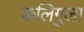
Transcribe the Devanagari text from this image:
कलिगुला